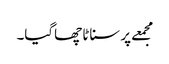
مجمعے پر سناٹا چھاگیا۔